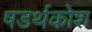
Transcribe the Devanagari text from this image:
षडर्थकोश